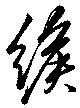
緱